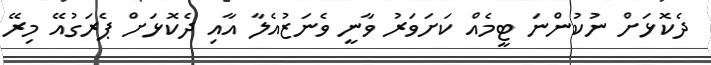
ދެކޮޅަށް ނުކުންނަ ޓީމެއް ކަށަވަރު ވާނީ ވެނަޒުއެލާ އާއި ދެކޮޅަށް ޕެރަގުއޭ މިރޭ